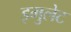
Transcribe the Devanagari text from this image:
इमुलेट